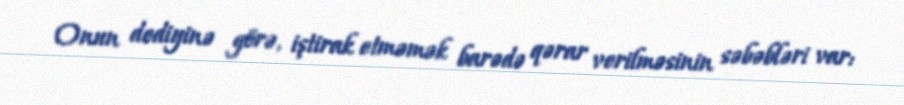
Onun dediyinə görə, iştirak etməmək barədə qərar verilməsinin səbəbləri var: